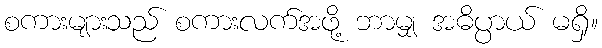
စကားများသည် စကားလက်အဖို့ ဘာမျှ အဓိပ္ပာယ် မရှိ။